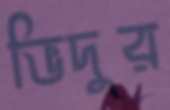
ভিদুর